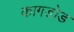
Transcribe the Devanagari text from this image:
कागडोड